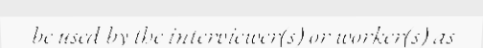
be used by the interviewer(s) or worker(s) as